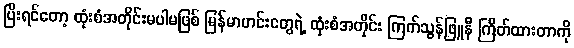
ပြီးရင်တော့ ထုံးစံအတိုင်းမပါမဖြစ် မြန်မာဟင်းတွေရဲ့ ထုံးစံအတိုင်း ကြက်သွန်ဖြူနီ ကြိတ်ထားတာကို